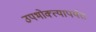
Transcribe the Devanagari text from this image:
उपभोक्त्यापर्यंत